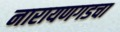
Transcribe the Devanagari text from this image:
नारायणगडचा